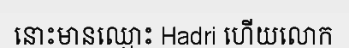
នោះមានឈ្មោះ Hadri ហើយលោក